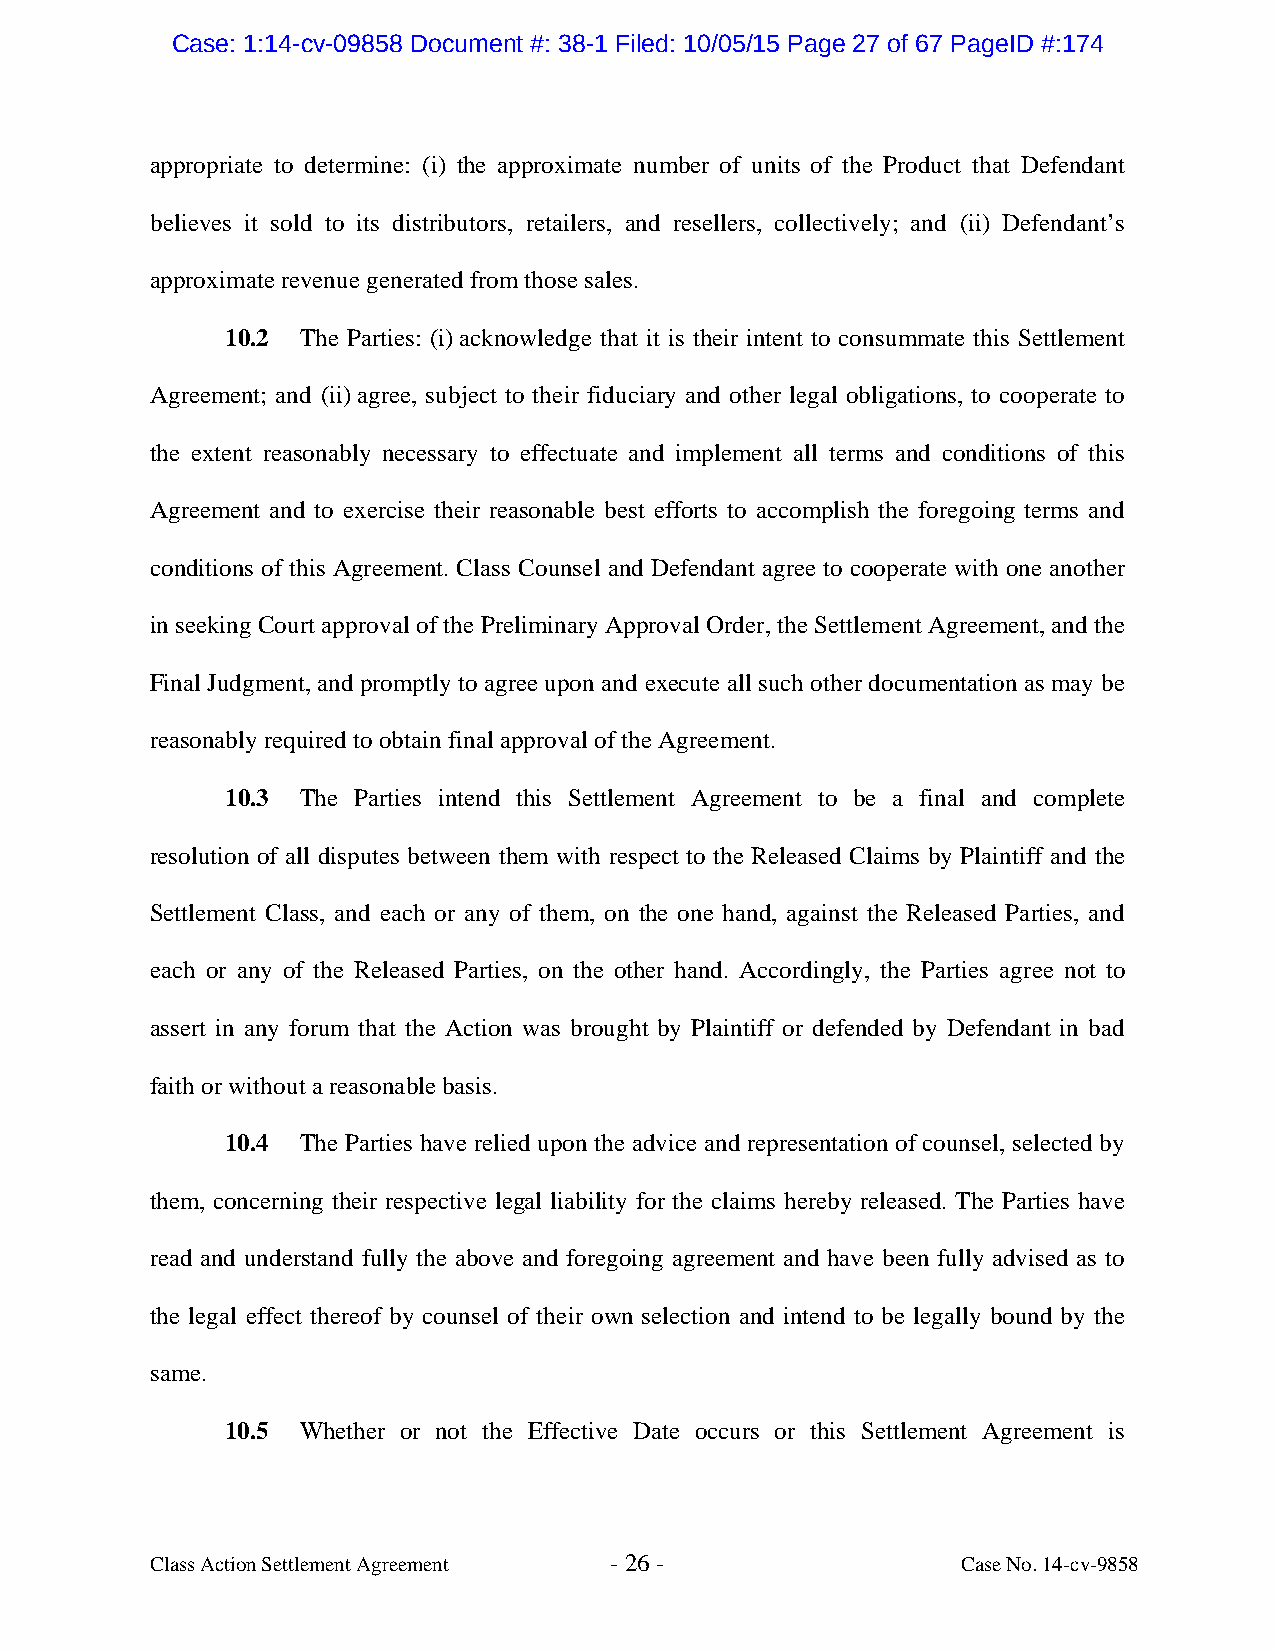
Case: 1:14-cv-09858 Document #: 38-1 Filed: 10/05/15 Page 27 of 67 PageID #:174
 appropriate to determine: (i) the approximate number of units of the Product that Defendant
 believes it sold to its distributors, retailers, and resellers, collectively; and (ii) Defendant’s
 approximate revenue generated from those sales.
 10.2 The Parties: (i) acknowledge that it is their intent to consummate this Settlement
 Agreement; and (ii) agree, subject to their fiduciary and other legal obligations, to cooperate to
 the extent reasonably necessary to effectuate and implement all terms and conditions of this
 Agreement and to exercise their reasonable best efforts to accomplish the foregoing terms and
 conditions of this Agreement. Class Counsel and Defendant agree to cooperate with one another
 in seeking Court approval of the Preliminary Approval Order, the Settlement Agreement, and the
 Final Judgment, and promptly to agree upon and execute all such other documentation as may be
 reasonably required to obtain final approval of the Agreement.
 10.3 The Parties intend this Settlement Agreement to be a final and complete
 resolution of all disputes between them with respect to the Released Claims by Plaintiff and the
 Settlement Class, and each or any of them, on the one hand, against the Released Parties, and
 each or any of the Released Parties, on the other hand. Accordingly, the Parties agree not to
 assert in any forum that the Action was brought by Plaintiff or defended by Defendant in bad
 faith or without a reasonable basis.
 10.4 The Parties have relied upon the advice and representation of counsel, selected by
 them, concerning their respective legal liability for the claims hereby released. The Parties have
 read and understand fully the above and foregoing agreement and have been fully advised as to
 the legal effect thereof by counsel of their own selection and intend to be legally bound by the
 same.
 10.5 Whether or not the Effective Date occurs or this Settlement Agreement is
 Class Action Settlement Agreement - 26 -              Case No. 14-cv-9858